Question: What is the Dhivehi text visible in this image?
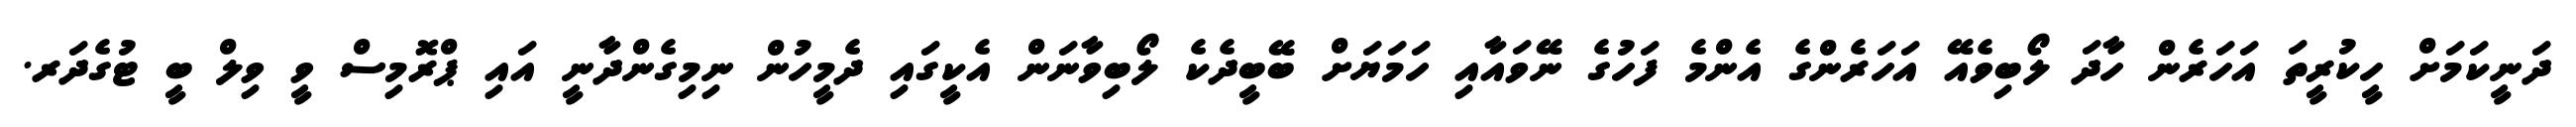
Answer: ދަނީކަމަށް ހީކުރީތަ އަހަރެން ހާދަ ލޯބިވެއޭ އަހަރެންގެ އެންމެ ފަހުގެ ނޭވައާއި ހަމަޔަށް ބޭބީދެކެ ލޯބިވާނަން އެކީގައި ދެމީހުން ނިމިގެންދާނީ އައި ޕްރޮމިސް ވީ ވިލް ބީ ޓުގެދަރ.